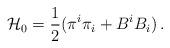
LaTeX: \begin{align*}{\cal H}_0 = \frac{1}{2} (\pi^i\pi_i + B^i B_i)\,.\end{align*}